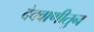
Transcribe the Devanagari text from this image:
देववाणीतुन